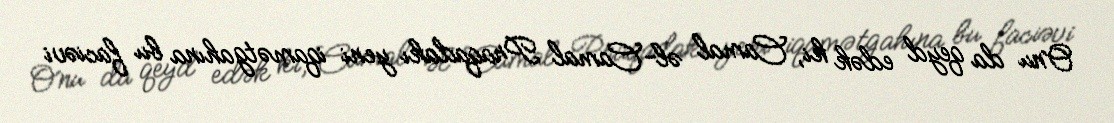
Onu da qeyd edək ki, Camal əl-Camal Praqadakı yeni iqamətgahına bu faciəvi